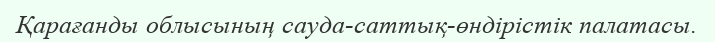
Қарағанды облысының сауда-саттық-өндірістік палатасы.